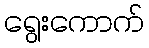
ရွေးကောက်